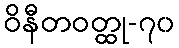
ဝိနီတဝတ္ထု-၇၀